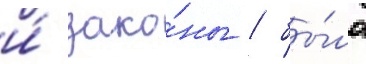
и́ зако́ны / бы́ло